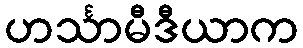
ဟင်္သာမီဒီယာက